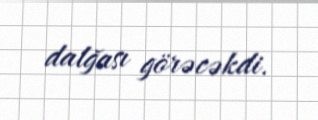
dalğası görəcəkdi.